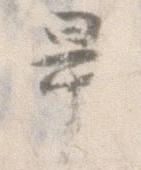
畢